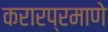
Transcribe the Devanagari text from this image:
करारप्रमाणे